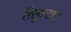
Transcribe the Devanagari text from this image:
सिमुलाक्रा